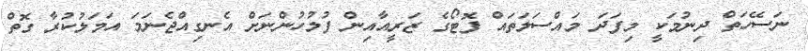
ނަސޭހަތް ދިނުމަކީ މިފަދަ މައްސަލަތައް ފޮޓޯގެ ޒަރީއާއިން ފުލުހުންނަށް އެނގިއްޖެނަމަ އަމަލުކުރާ ގޮތް